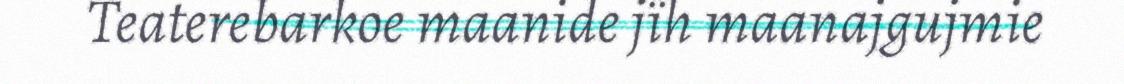
Teaterebarkoe maanide jïh maanajgujmie